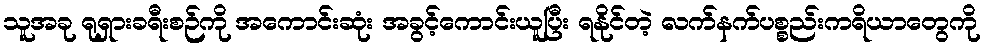
သူအခု ရုရှားခရီးစဉ်ကို အကောင်းဆုံး အခွင့်ကောင်းယူပြီး ရနိုင်တဲ့ လက်နက်ပစ္စည်းကရိယာတွေကို